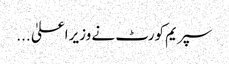
سپریم کورٹ نے وزیراعلیٰ ...